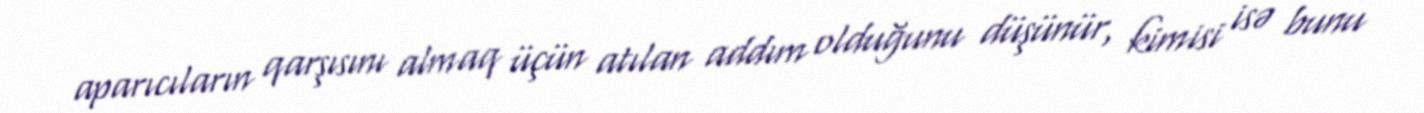
aparıcıların qarşısını almaq üçün atılan addım olduğunu düşünür, kimisi isə bunu